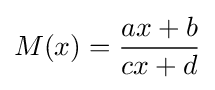
M(x)={\frac {ax+b}{cx+d}}